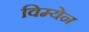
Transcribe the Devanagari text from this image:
विम्येन